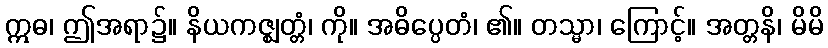
ဣဓ၊ ဤအရာ၌။ နိယကဇ္ဈတ္တံ၊ ကို။ အဓိပ္ပေတံ၊ ၏။ တသ္မာ၊ ကြောင့်။ အတ္တနိ၊ မိမိ